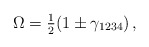
\begin{align*}\Omega=\textstyle{\frac{1}{2}}(1\pm\gamma_{1234})\,,\end{align*}